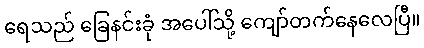
ရေသည် ခြေနင်းခုံ အပေါ်သို့ ကျော်တက်နေလေပြီ။